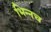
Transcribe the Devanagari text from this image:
भिन्नच